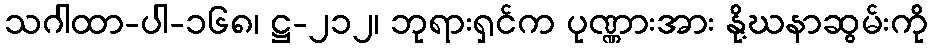
သဂါထာ-ပါ-၁၆၈၊ ဋ္ဌ-၂၁၂၊ ဘုရားရှင်က ပုဏ္ဏားအား နို့ဃနာဆွမ်းကို